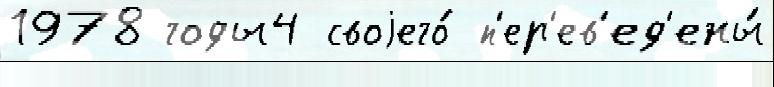
1978 годы4 своjего́ п'ер'ев'ед'ены́